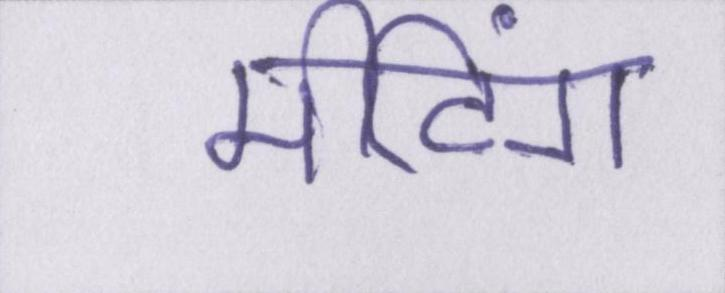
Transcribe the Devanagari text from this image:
मीटिंग